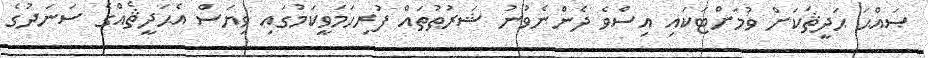
ޞައްޙަ ޙަދީޘަކަށް ވުމަށްޓަކައި އިސްވެ ދެންނެވުނު ޝަރުޠުތައް ފުރިހަމަވީކަމުގައި ވިޔަސް އެޙަދީޘެއްގެ ސަނަދުގެ